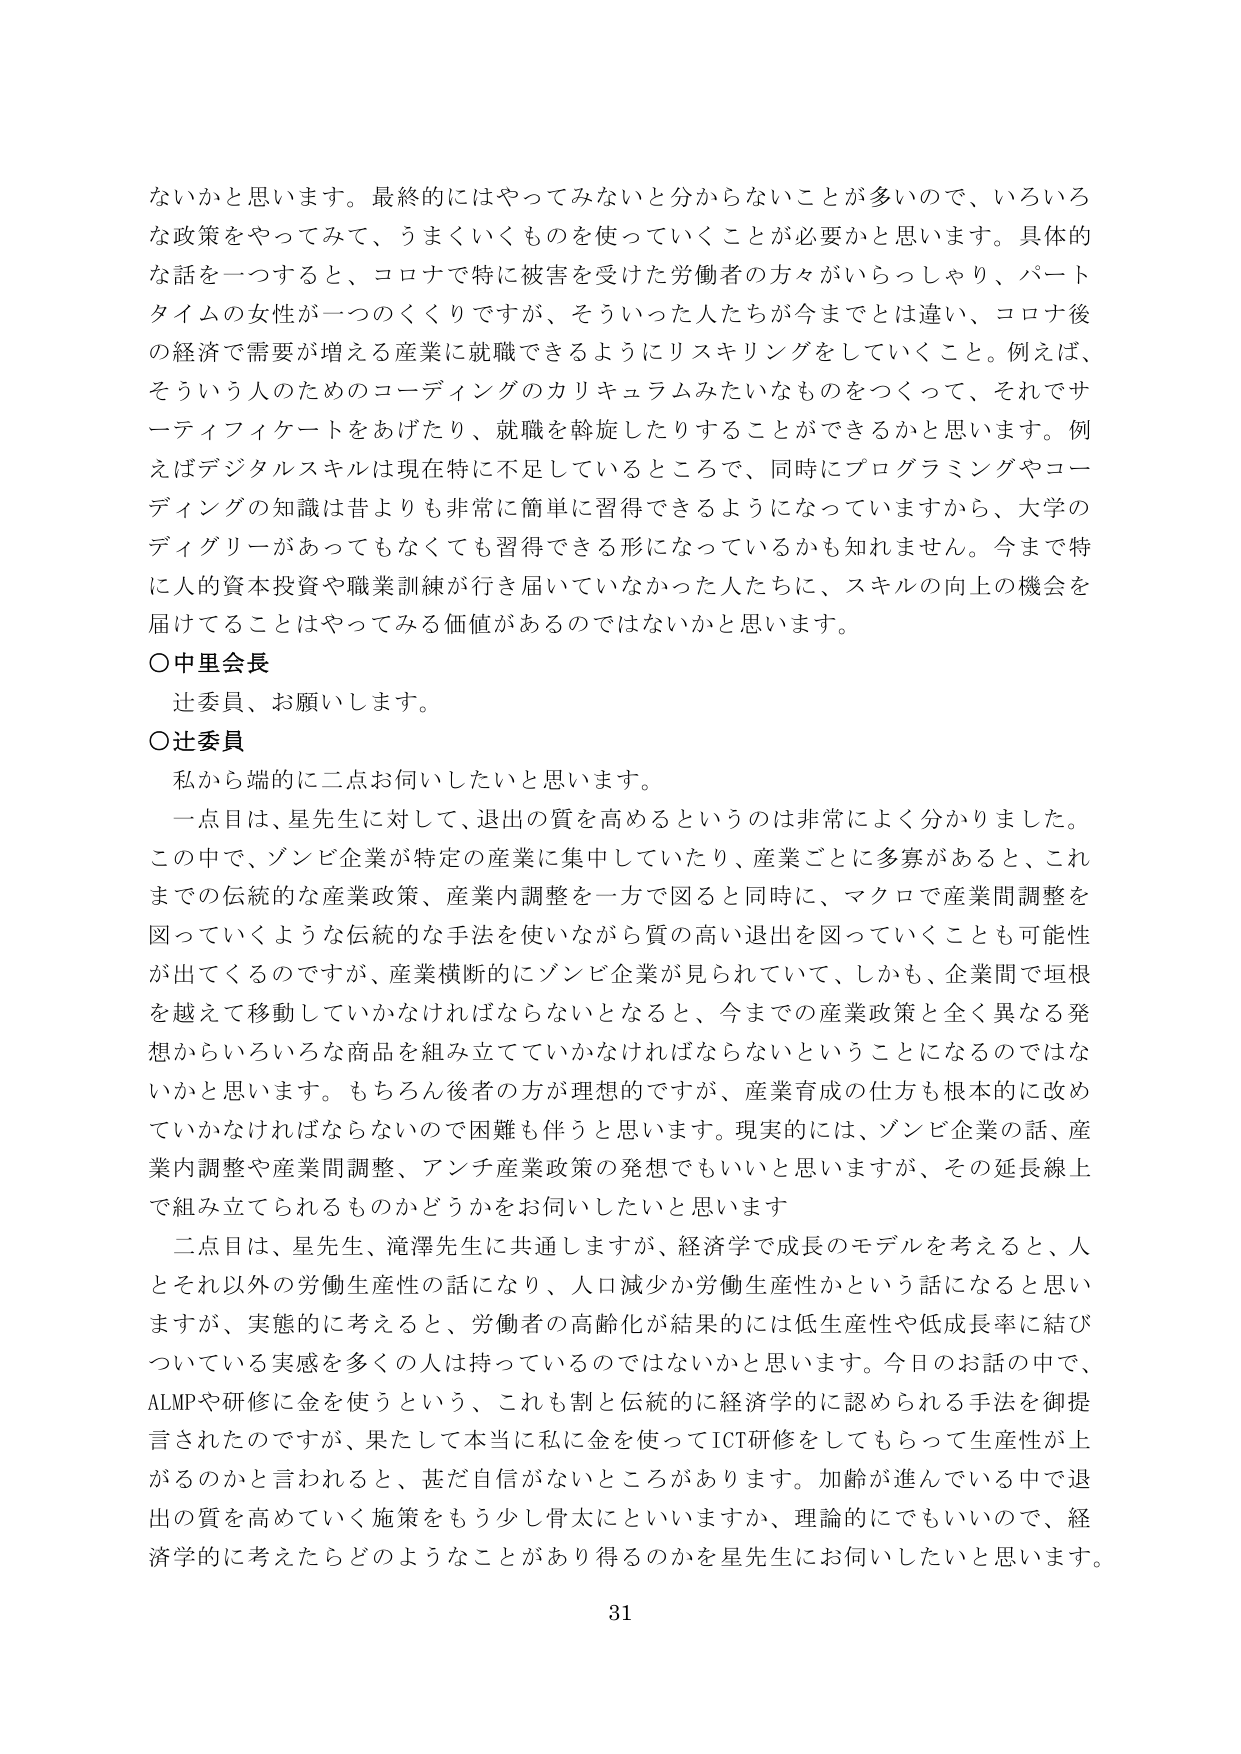
ないかと思います。最終的にはやってみないと分からないことが多いので、いろいろ
な政策をやってみて、うまくいくものを使っていくことが必要だと思います。具体的
な話を一つすると、コロナで特に被害を受けた労働者の方々がいらっしゃり、パート
タイムの女性が一つのくくりですが、そういった人たちが今までとは違い、コロナ後
の経済で需要が増える産業に就職できるようにリスキリングをしていくこと。例えば、
そういう人のためのコーディングのカリキュラムみたいなものをつくって、それでサ
ーティフィケートをあげたり、就職を斡旋したりすることができるかと思います。例
えばデジタルスキルは現在特に不足しているところで、同時にプログラミングやコー
ディングの知識は昔よりも非常に簡単に習得できるようになっていますから、大学の
ディグリーがあってもなくても習得できる形になっているかも知れません。今まで特
に人的資本投資や職業訓練が行き届いていなかった人たちに、スキルの向上の機会を
届けてることはやってみる価値があるのではないかと思います。
○中里会長
辻委員、お願いします。
○辻委員
私から端的に二点お伺いしたいと思います。
一点目は、星先生に対して、退出の質を高めるというのは非常によく分かりました。
この中で、ゾンビ企業が特定の産業に集中していたり、産業ごとに多寡があると、これ
までの伝統的な産業政策、産業内調整を一方で図ると同時に、マクロで産業間調整を
図っていくような伝統的な手法を使いながら質の高い退出を図っていくことも可能性
が出てくるのですが、産業横断的にゾンビ企業が見られていて、しかも、企業間で垣根
を越えて移動していかなければならないとなると、今までの産業政策と全く異なる発
想からいろいろな商品を組み立てていかなければならないということになるのではな
いかと思います。もちろん後者の方が理想的ですが、産業育成の仕方も根本的に改め
ていかなければならないので困難も伴うと思います。現実的には、ゾンビ企業の話、産
業内調整や産業間調整、アンチ産業政策の発想でもいいと思いますが、その延長線上
で組み立てられるものかどうかをお伺いしたいと思います
二点目は、星先生、滝澤先生に共通しますが、経済学で成長のモデルを考えると、人
とそれ以外の労働生産性の話になり、人口減少か労働生産性かという話になると思い
ますが、実態的に考えると、労働者の高齢化が結果的には低生産性や低成長率に結び
ついている実感を多くの人は持っているのではないかと思います。今日のお話の中で、
ALMPや研修に金を使うという、これも割と伝統的に経済学的に認められる手法を御提
言されたのですが、果たして本当に私に金を使ってICT研修をしてもらって生産性が上
がるのかと言われると、甚だ自信がないところがあります。加齢が進んでいる中で退
出の質を高めていく施策をもう少し骨太にといいますか、理論的にでもいいので、経
済学的に考えたらどのようなことがあり得るのかを星先生にお伺いしたいと思います。
31